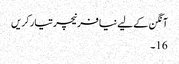
آنگن کے لیے نیا فرنیچر تیار کریں
16۔